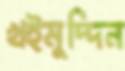
খইমুদ্দিন